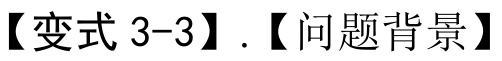
【变式 3-3】.【问题背景】